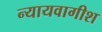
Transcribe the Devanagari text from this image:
न्यायवागीश